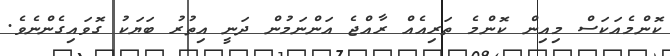
ކޮންމެއަކަސް މިއިން ކޮންމެ ތަރިއެއް ރާއްޖެ އަންނަމުން ދަނީ އިތުރު ބަޔަކު ގޮވައިގެންނެވެ.